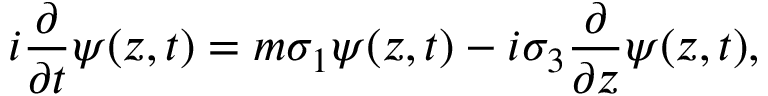
i \frac { \partial } { \partial t } \psi ( z , t ) = m \sigma _ { 1 } \psi ( z , t ) - i \sigma _ { 3 } \frac { \partial } { \partial z } \psi ( z , t ) ,